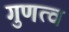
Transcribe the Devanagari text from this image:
गुणत्व